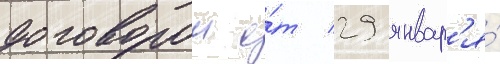
договором о́т 29 январ'я́